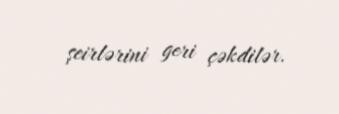
şeirlərini geri çəkdilər.